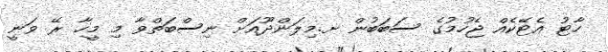
ހާޓު އެޓޭކެއް ޖެހުމުގެ ސަބަބުން ށ.މިލަންދޫއަށް ނިސްބަތްވާ މި މީހާ ރޭ ވަނީ